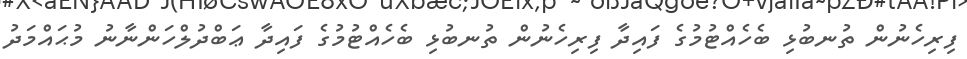
ފިރިހެނުން ތުނބުޅި ބެހެއްޓުމުގެ ފައިދާ ފިރިހެނުން ތުނބުޅި ބެހެއްޓުމުގެ ފައިދާ ޢަބްދުލްހަންނާނު މުޙައްމަދު